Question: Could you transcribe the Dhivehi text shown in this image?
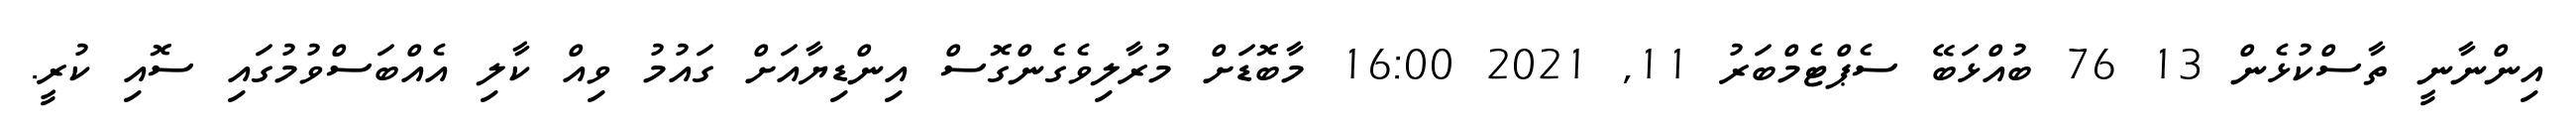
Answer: އިންނާނީ ތާސްކުޅެން 13 76 ބުއްޅަބޭ ސެޕްޓެމްބަރު 11, 2021 16:00 މާބޮޑަށް މުރާލިވެގެންގޮސް އިންޑިޔާއަށް ގައުމު ވިއް ކާލި އެއްބަސްވުމުގައި ސޮއި ކުރީ.